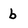
Character: b